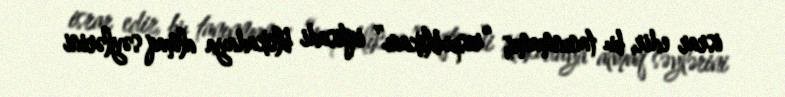
israr edir, bu tanınmamış “respublikanı” iqtisadi blokadaya almaq səylərini